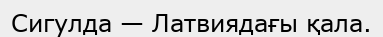
Сигулда — Латвиядағы қала.